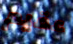
عقيم